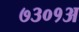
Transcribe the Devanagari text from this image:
७३०१अ